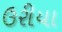
ઉરીયા